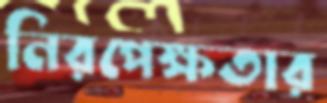
নিরপেক্ষতার